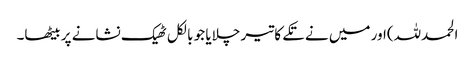
الحمدللہ)اور میں نے تکے کا تیر چلایا جو بالکل ٹھیک نشانے پر بیٹھا۔